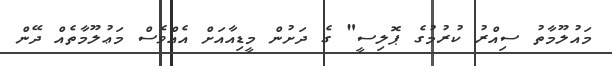
މައުލޫމާތު ސިއްރު ކުރުމުގެ ޕޮލިސީ" ގެ ދަށުން މީޑިއާއަށް އެއްވެސް މަޢުލޫމާތެއް ދޭން